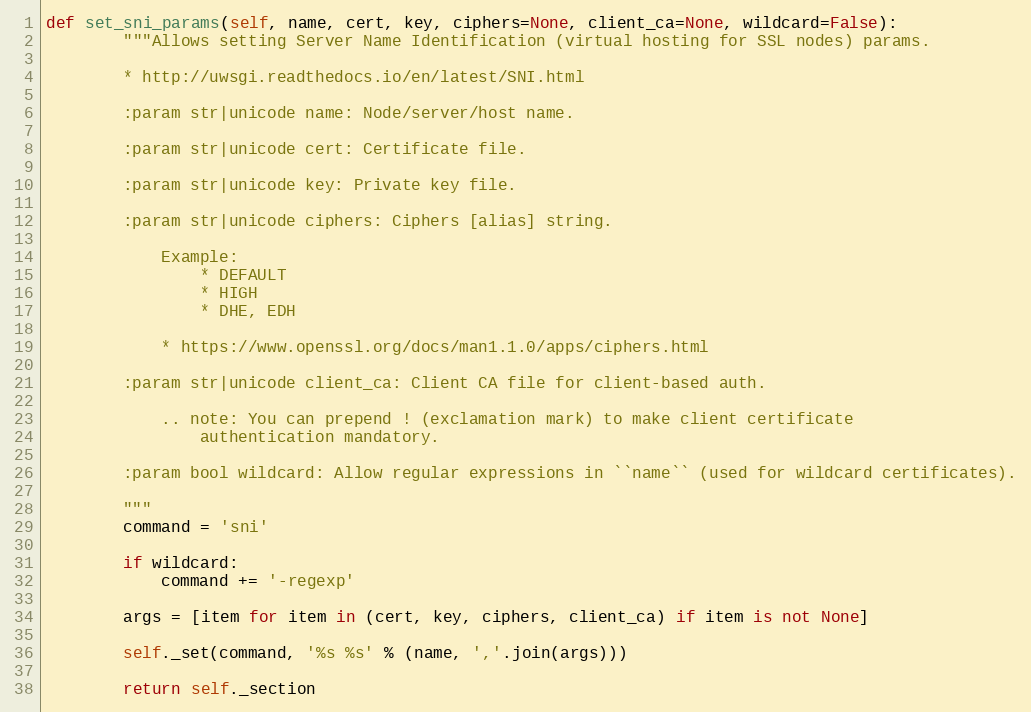
Language: Python
def set_sni_params(self, name, cert, key, ciphers=None, client_ca=None, wildcard=False):
        """Allows setting Server Name Identification (virtual hosting for SSL nodes) params.

        * http://uwsgi.readthedocs.io/en/latest/SNI.html

        :param str|unicode name: Node/server/host name.

        :param str|unicode cert: Certificate file.

        :param str|unicode key: Private key file.

        :param str|unicode ciphers: Ciphers [alias] string.

            Example:
                * DEFAULT
                * HIGH
                * DHE, EDH

            * https://www.openssl.org/docs/man1.1.0/apps/ciphers.html

        :param str|unicode client_ca: Client CA file for client-based auth.

            .. note: You can prepend ! (exclamation mark) to make client certificate
                authentication mandatory.

        :param bool wildcard: Allow regular expressions in ``name`` (used for wildcard certificates).

        """
        command = 'sni'

        if wildcard:
            command += '-regexp'

        args = [item for item in (cert, key, ciphers, client_ca) if item is not None]

        self._set(command, '%s %s' % (name, ','.join(args)))

        return self._section